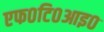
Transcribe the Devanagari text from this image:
एफ०टि०आइ०